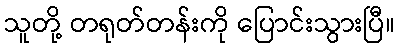
သူတို့ တရုတ်တန်းကို ပြောင်းသွားပြီ။